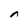
Character: n